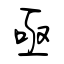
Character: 亟